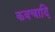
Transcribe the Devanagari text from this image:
कवचादि